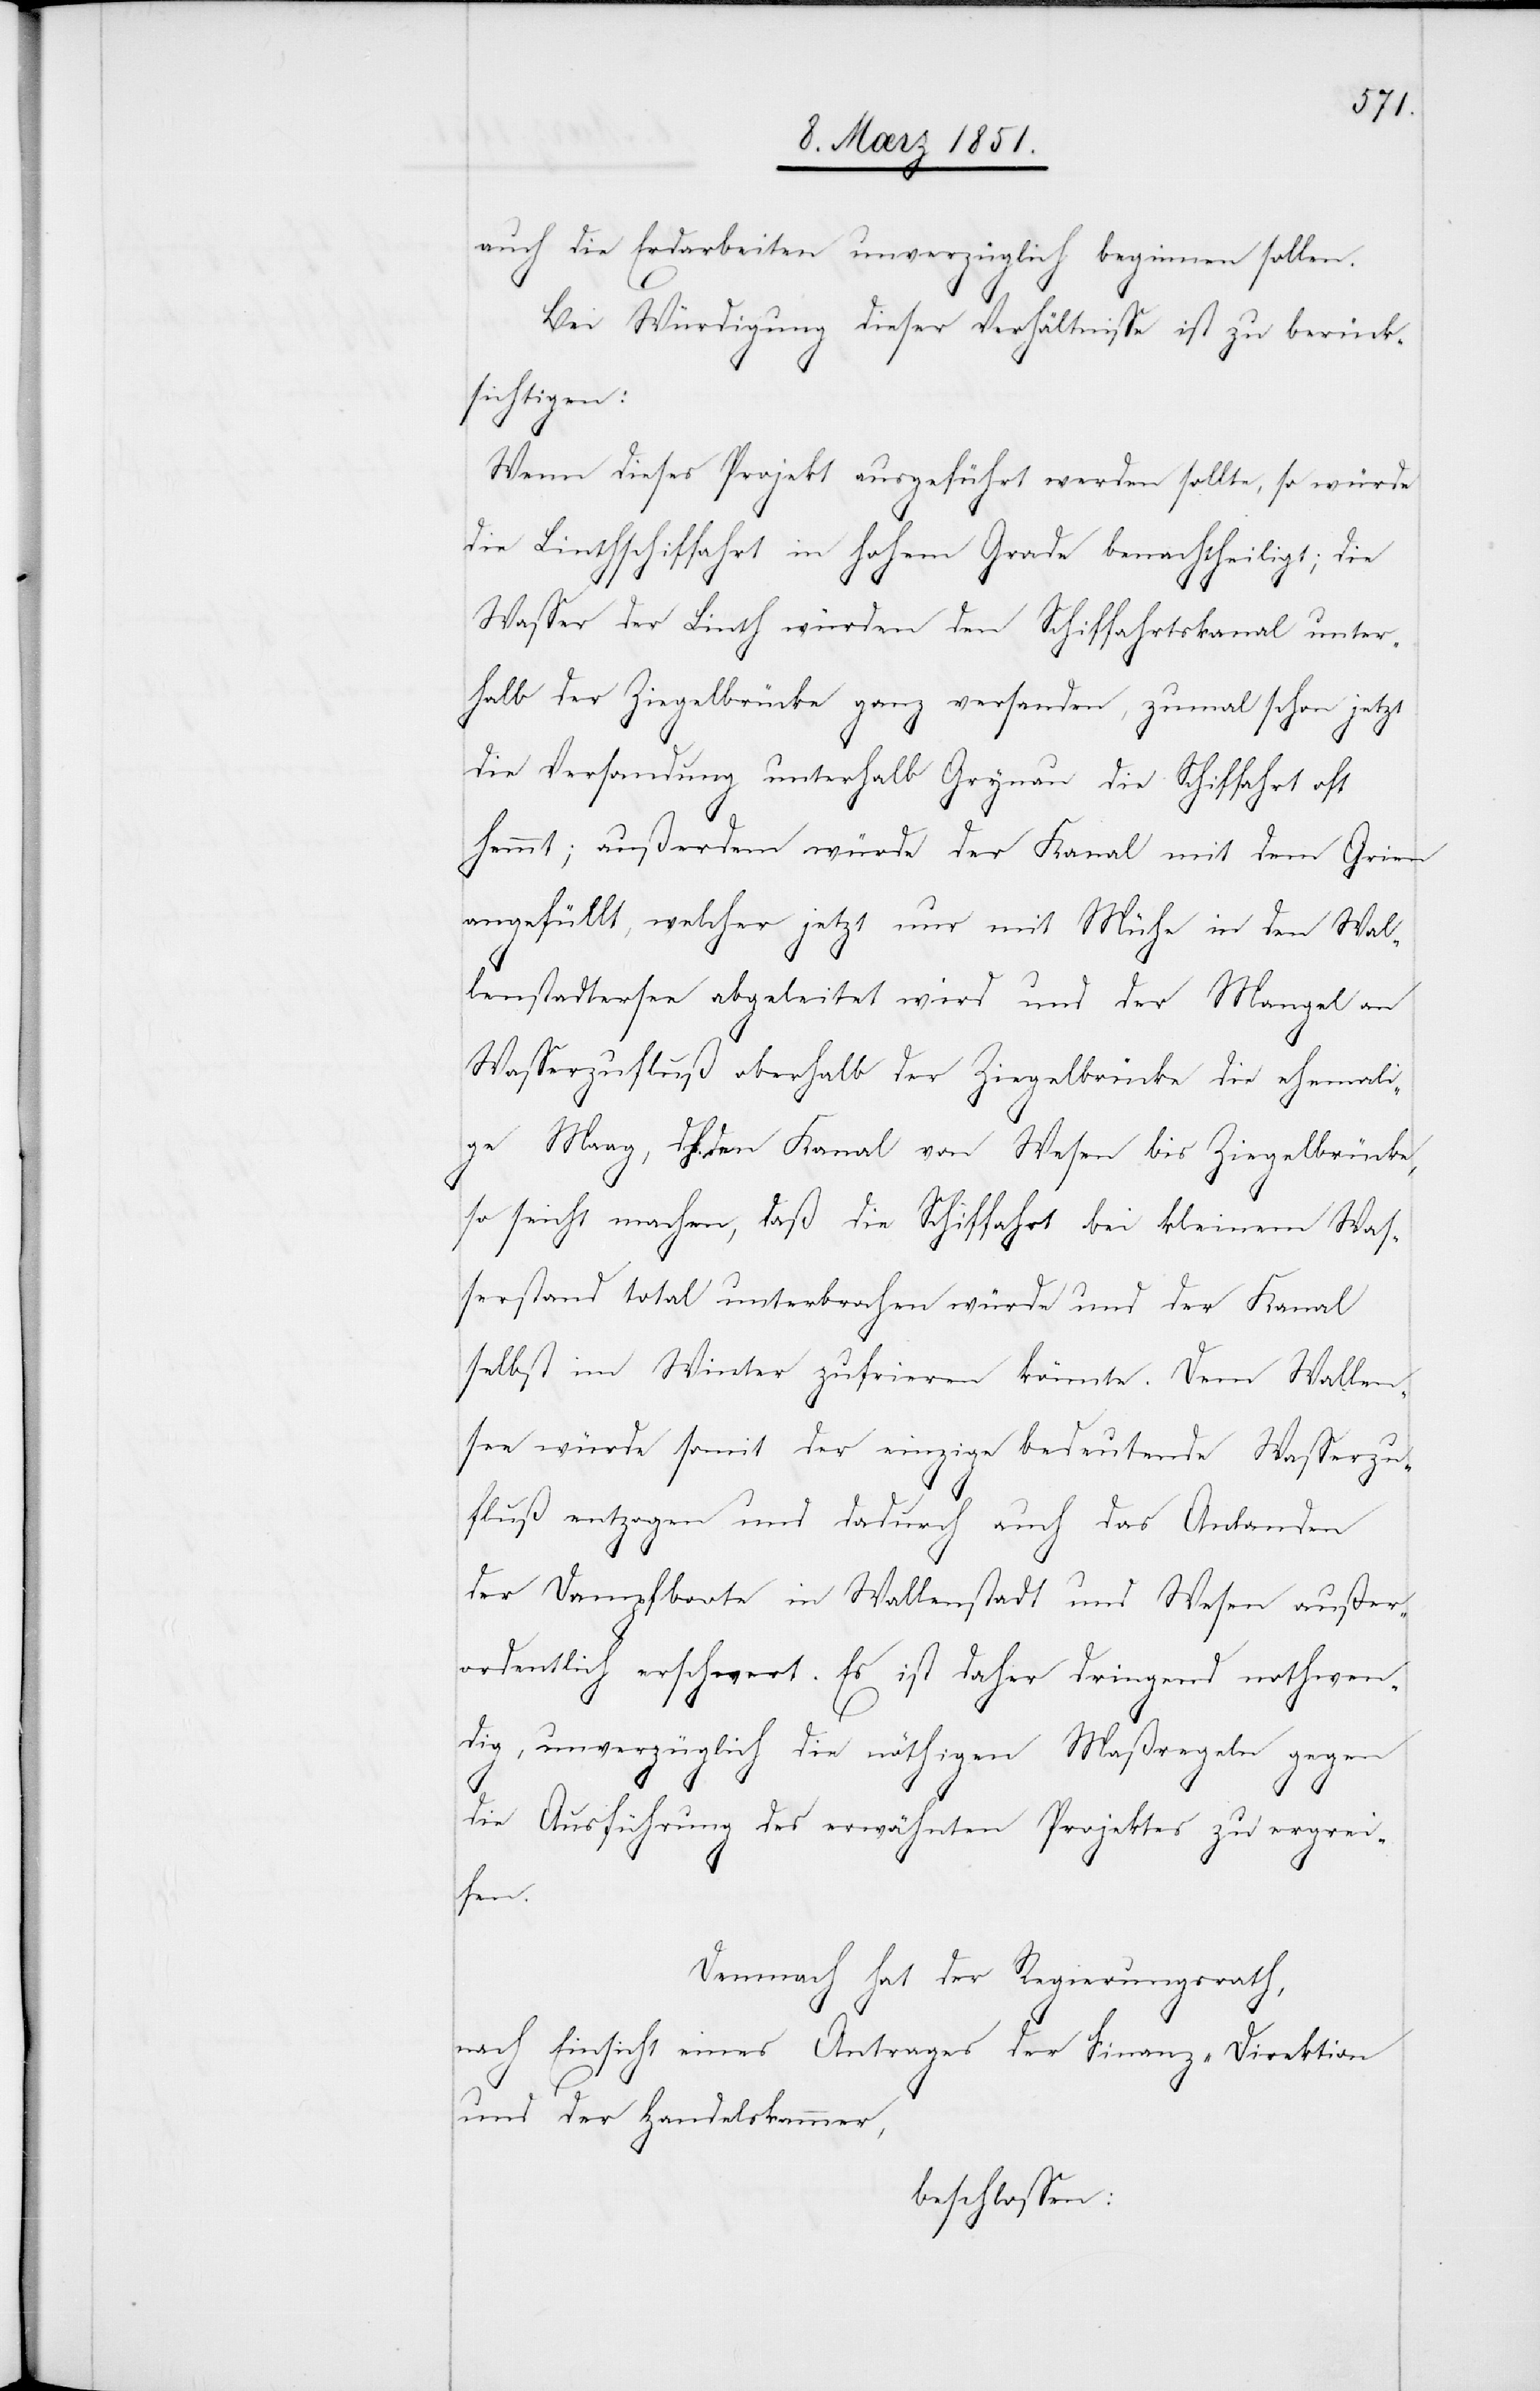
auch die Erdarbeiten unverzüglich beginnen sollen.
Bei Würdigung dieser Verhältnisse ist zu berück¬
sichtigen:
Wenn dieses Projekt ausgeführt werden sollte, so würde
die Linthschiffahrt in hohem Grade benachtheiligt; die
Wasser der Linth würden den Schiffahrtskanal unter¬
halb der Ziegelbrücke ganz versanden, zumal schon jetzt
die Versandung unterhalb Grynau die Schiffahrt oft
hemmt; außerdem würde der Kanal mit dem Grien
angefüllt, welcher jetzt nur mit Mühe in den Wal¬
lenstadtersee abgeleitet wird und der Mangel an
Wasserzufluß oberhalb der Ziegelbrücke die ehemali¬
ge Maag, d. h. den Kanal von Wesen bis Ziegelbrücke,
so seicht machen, daß die Schiffahrt bei kleinem Was¬
serstand total unterbrochen würde und der Kanal
selbst im Winter zufrieren könnte. Dem Wallen¬
see würde somit der einzige bedeutende Wasserzu¬
fluß entzogen und dadurch auch das Anlanden
der Dampfboote in Wallenstadt und Wesen außer¬
ordentlich erschwert. Es ist daher dringend nothwen¬
dig, unverzüglich die nöthigen Maßregeln gegen
die Ausführung des erwähnten Projektes zu ergrei¬
fen.
Demnach hat der Regierungsrath,
nach Einsicht eines Antrages der Finanz-Direktion
und der Handelskammer,
beschlossen: